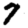
Digit: 7